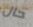
حال